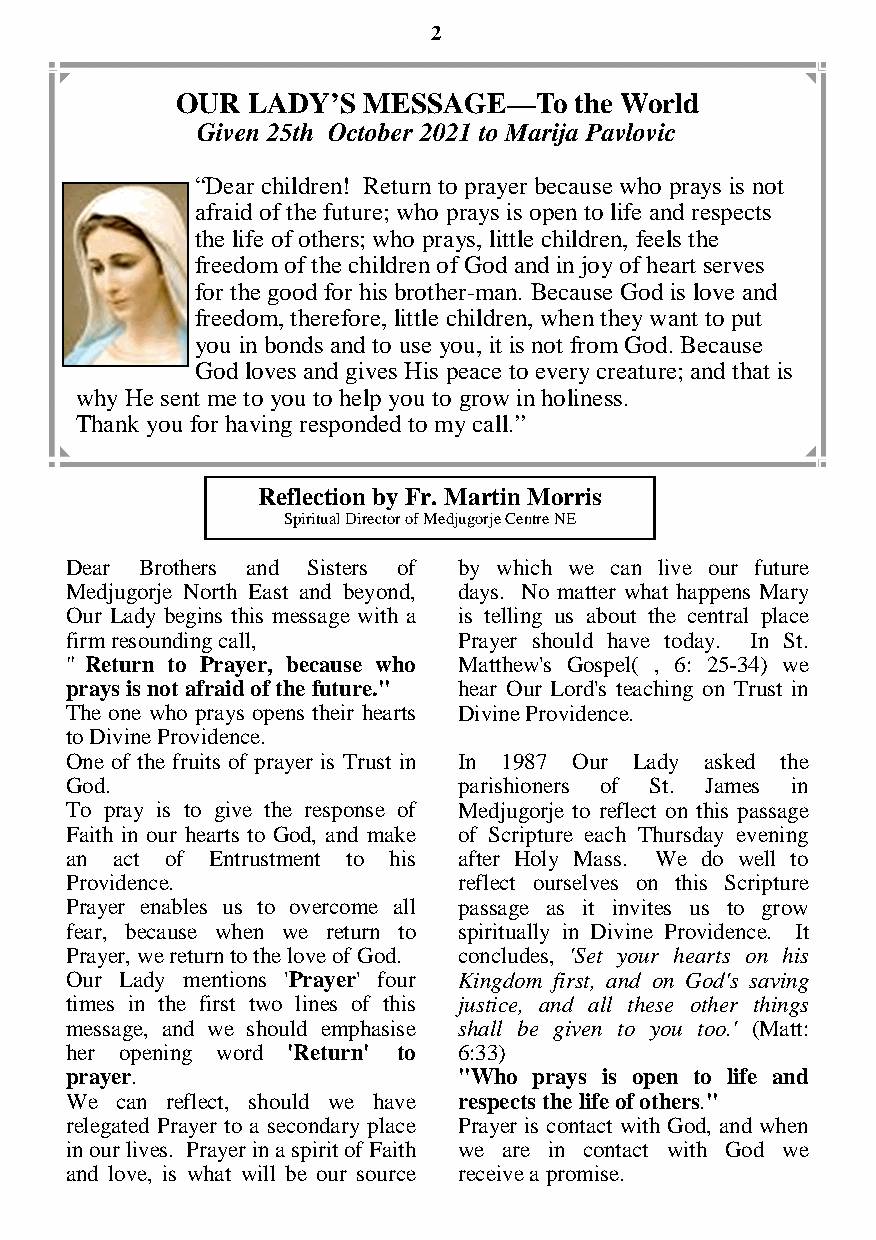
2
 OUR LADY’S  MESSAGE—To    the World
 Given 25th October 2021 to Marija Pavlovic
 “Dear children! Return to prayer because who prays is not
 afraid of the future; who prays is open to life and respects
 the life of others; who prays, little children, feels the
 freedom of the children of God and in joy of heart serves
 for the good for his brother-man. Because God is love and
 freedom, therefore, little children, when they want to put
 you in bonds and to use you, it is not from God. Because
 God loves and gives His peace to every creature; and that is
 why He sent me to you to help you to grow in holiness.
 Thank you for having responded to my call.”
 Reflection by Fr. Martin Morris
 Spiritual Director of Medjugorje Centre NE
 Dear Brothers and Sisters of by which we can live our future
 Medjugorje North East and beyond, days. No matter what happens Mary
 Our Lady begins this message with a is telling us about the central place
 firm resounding call,     Prayer should have today. In St.
 " Return to Prayer, because who Matthew's Gospel( , 6: 25-34) we
 prays is not afraid of the future." hear Our Lord's teaching on Trust in
 The one who prays opens their hearts Divine Providence.
 to Divine Providence.
 One of the fruits of prayer is Trust in In 1987 Our Lady asked the
 God.                      parishioners of St. James in
 To pray is to give the response of Medjugorje to reflect on this passage
 Faith in our hearts to God, and make of Scripture each Thursday evening
 an act of Entrustment to his after Holy Mass. We do well to
 Providence.               reflect ourselves on this Scripture
 Prayer enables us to overcome all passage as it invites us to grow
 fear, because when we return to spiritually in Divine Providence. It
 Prayer, we return to the love of God. concludes, 'Set your hearts on his
 Our Lady mentions 'Prayer' four Kingdom first, and on God's saving
 times in the first two lines of this justice, and all these other things
 message, and we should emphasise shall be given to you too.' (Matt:
 her opening word 'Return' to 6:33)
 prayer.                   "Who prays is open to life and
 We  can reflect, should we have respects the life of others."
 relegated Prayer to a secondary place Prayer is contact with God, and when
 in our lives. Prayer in a spirit of Faith we are in contact with God we
 and love, is what will be our source receive a promise.